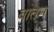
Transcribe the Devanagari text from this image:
बातन